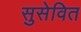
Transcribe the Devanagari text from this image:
सुसेवित